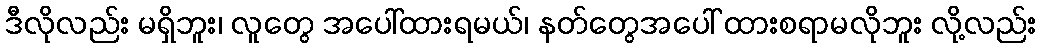
ဒီလိုလည်း မရှိဘူး၊ လူတွေ အပေါ်ထားရမယ်၊ နတ်တွေအပေါ် ထားစရာမလိုဘူး လို့လည်း